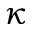
\kappa